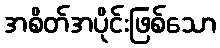
အစိတ်အပိုင်းဖြစ်သော